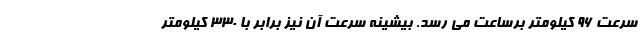
سرعت 96 کیلومتر برساعت می رسد. بیشینه سرعت آن نیز برابر با 330 کیلومتر